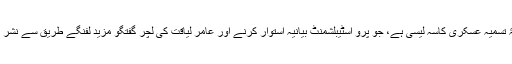
ارے وہی جس کی وجۂ تسمیہ عسکری کاسہ لیسی ہے، جو پرو اسٹیبلشمنٹ بیانیہ استوار کرنے اور عامر لیاقت کی لچر گفتگو مزید لفنگے طریق سے نشر کرنے میں مشہور ہے۔